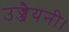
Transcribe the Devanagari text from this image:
उज्जैयनी।